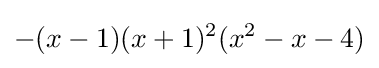
-(x-1)(x+1)^{2}(x^{2}-x-4)